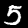
Label: 5